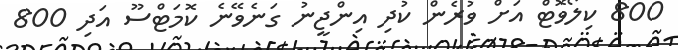
800 ކިލޯވޮޓް އަށް ވުރެން ކުދި އިންޖީނު ގަނެވޭނެ ކޮމަޓްސޫ އަދި 800